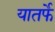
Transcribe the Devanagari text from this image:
यातर्फे